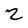
Character: 2